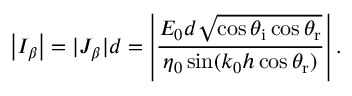
\left| { I _ { \beta } } \right| = | J _ { \beta } | d = \left| \frac { E _ { 0 } d \sqrt { \cos \theta _ { \mathrm { i } } \cos \theta _ { \mathrm { r } } } } { \eta _ { 0 } \sin ( k _ { 0 } h \cos \theta _ { \mathrm { r } } ) } \right| .